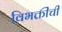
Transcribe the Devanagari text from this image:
विभक्तींची